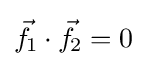
{\vec {f}}\!_{1}\cdot {\vec {f}}\!_{2}=0